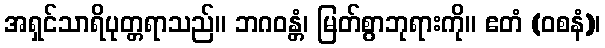
အရှင်သာရိပုတ္တရာသည်။ ဘဂဝန္တံ၊ မြတ်စွာဘုရားကို။ ဧတံ (ဝစနံ)၊